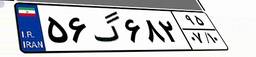
۵۶گ۶۸۲۹۵